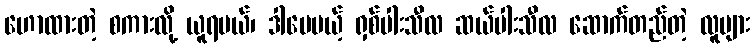
ဟောထားတဲ့ စကားလို့ ယူရမယ်၊ ဒါပေမယ့် ရှစ်ပါးသီလ ဆယ်ပါးသီလ ဆောက်တည်တဲ့ လူများ